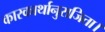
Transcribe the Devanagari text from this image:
कारकार्थानुराजिता।